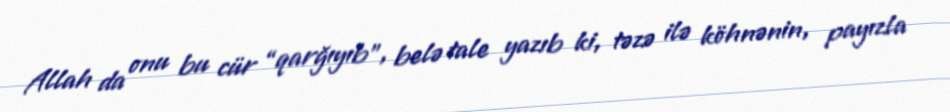
Allah da onu bu cür “qarğıyıb”, belə tale yazıb ki, təzə ilə köhnənin, payızla